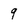
Character: 9